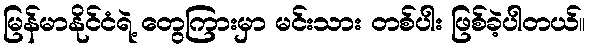
မြန်မာနိုင်ငံရဲ့ တွေကြားမှာ မင်းသား တစ်ပါး ဖြစ်ခဲ့ပါတယ်။